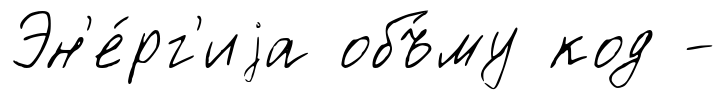
Эн'е́рг'иjа объ́му код -